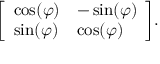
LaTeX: { \left[ \begin{array} { l l } { \cos ( \varphi ) } & { - \sin ( \varphi ) } \\ { \sin ( \varphi ) } & { \cos ( \varphi ) } \end{array} \right] } .